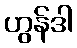
ဟွန်ဒါ